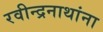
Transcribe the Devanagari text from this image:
रवीन्द्रनाथांना